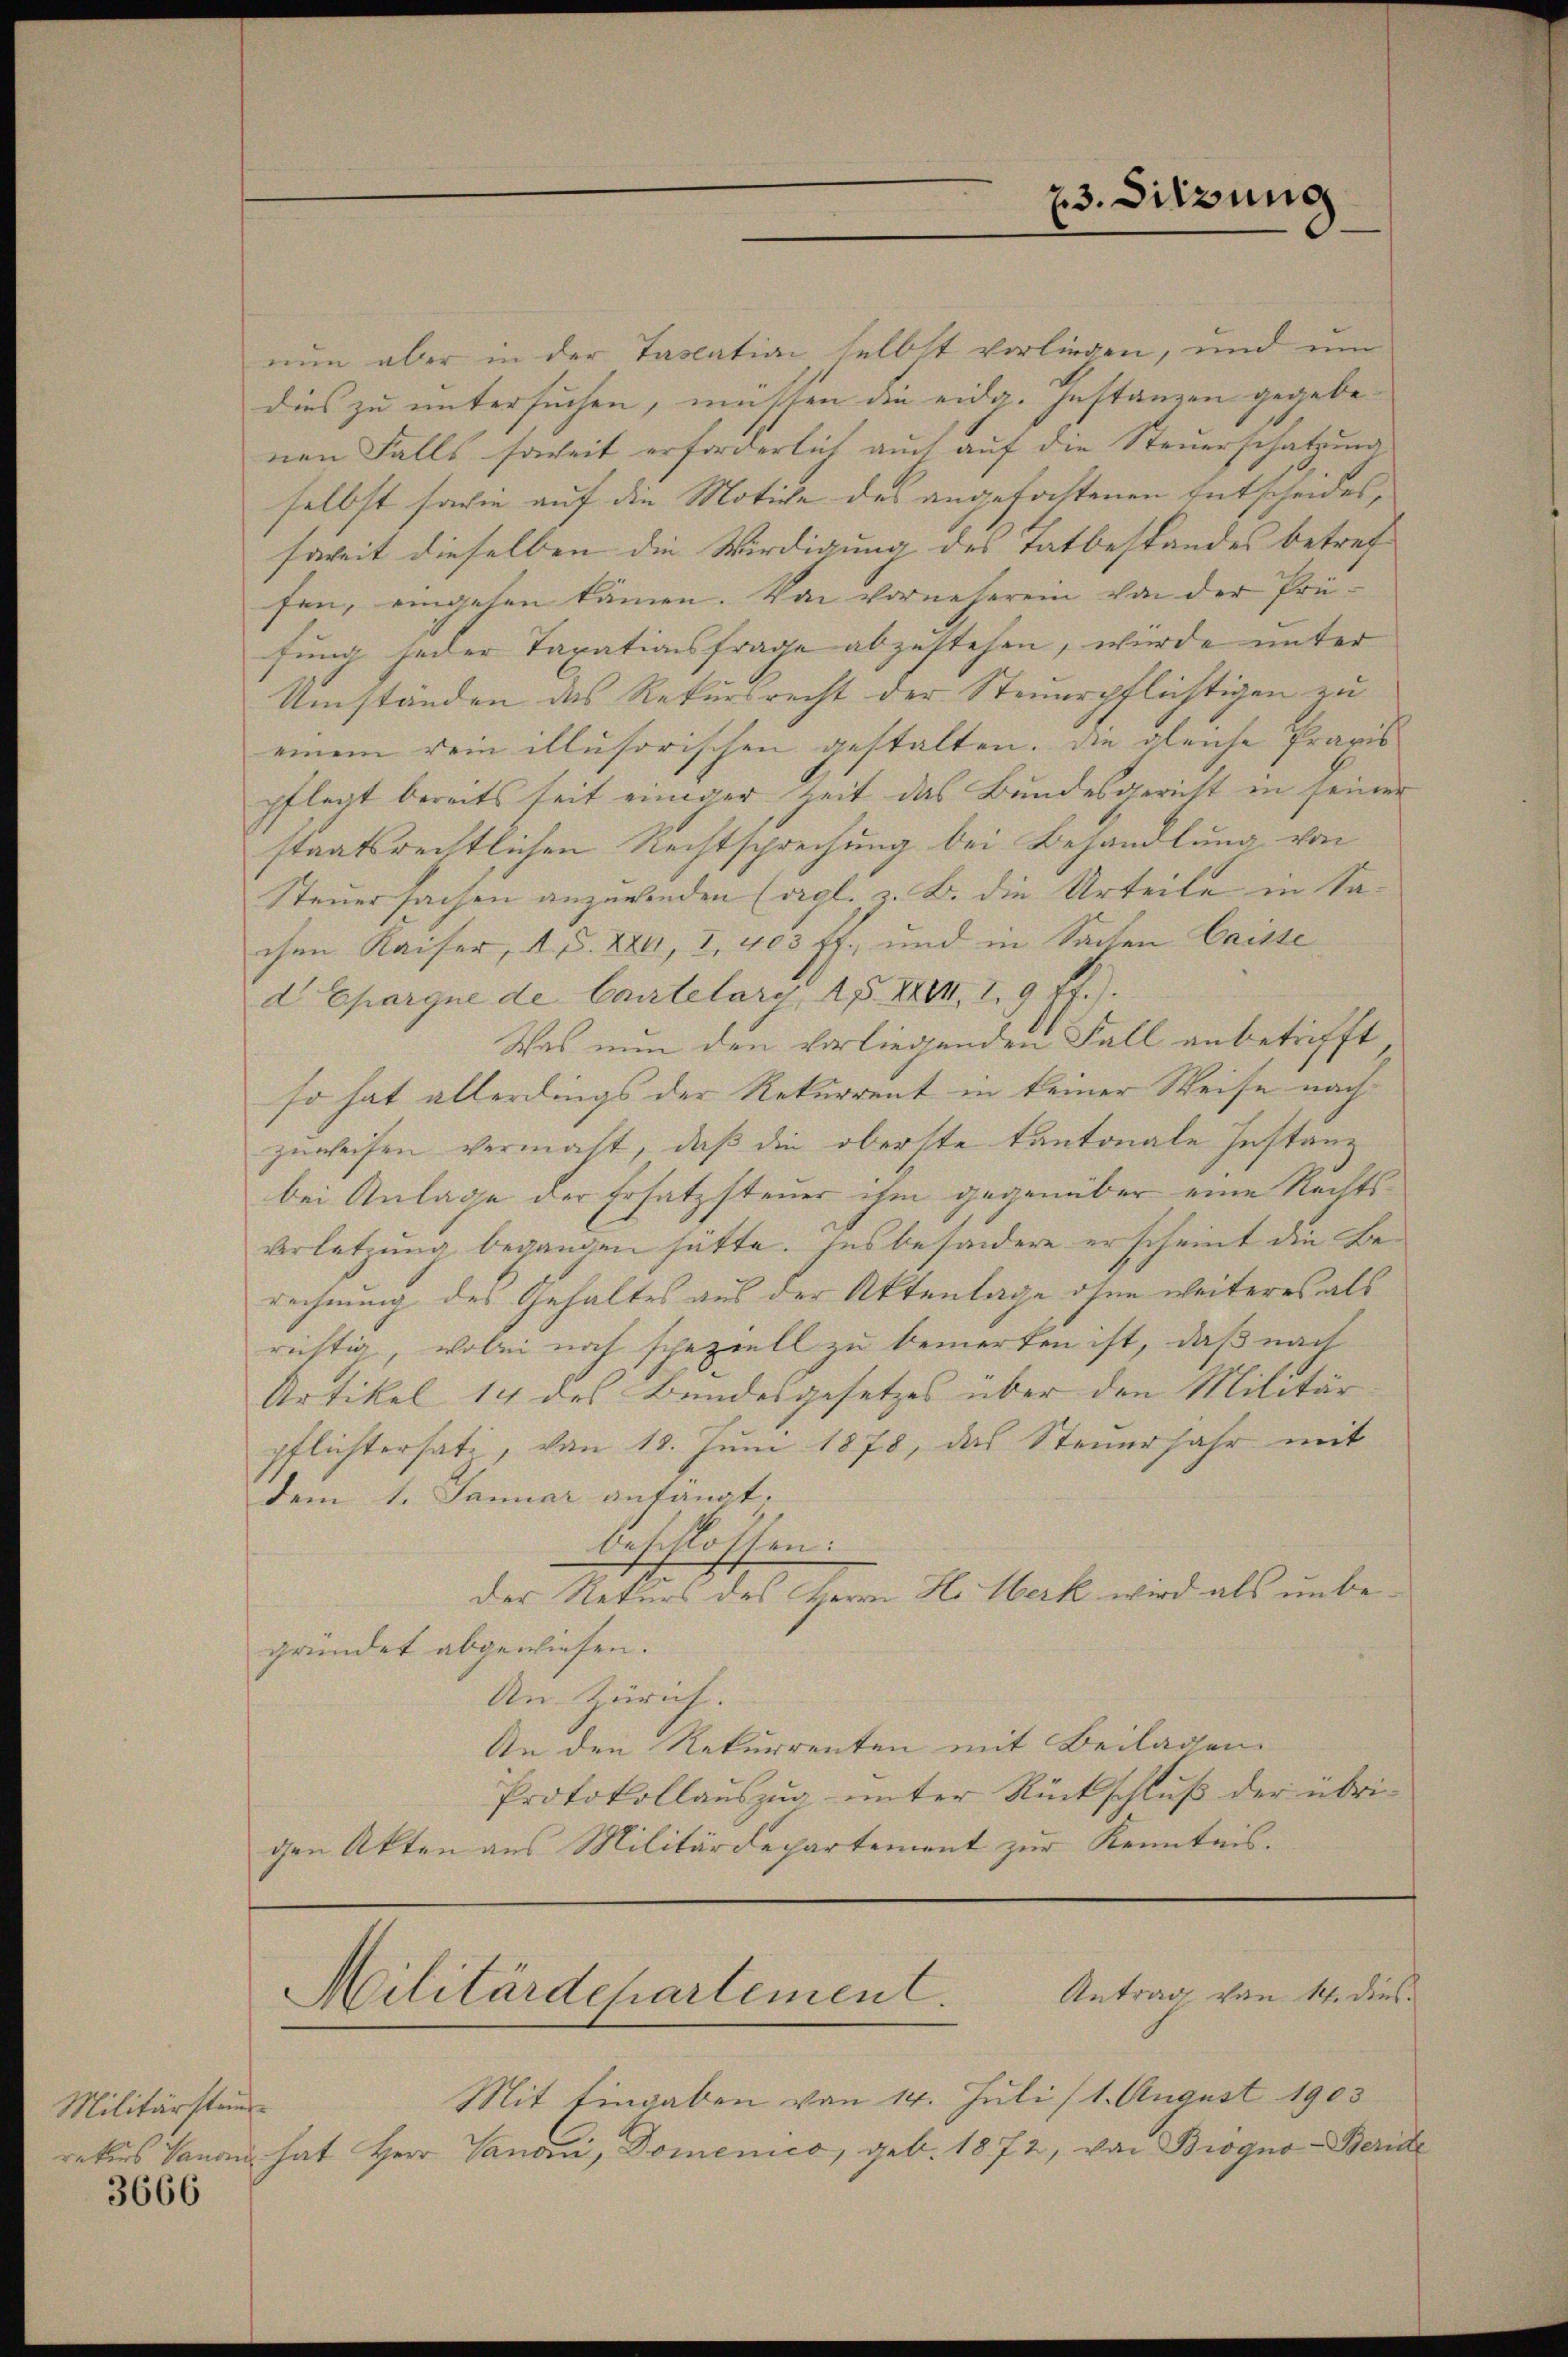
Militärstein

3666

nun aber in der Taslation selbst vorliegen, und um
dies zu untersuchen, müssen die eidg. Instanzen gegebenen Falls soweit erforderlich auch auf die Steuerschatzung
selbst sowie auf die Motive des angefochtenen Entscheides,
soweit dieselben die Würdigung des Tatbestandes betreffen, eingehen kämen. Von vornehmen von der Prü-
fung jeder Taxationsfrage abzustehen, würde unter
Umständen das Rekursrecht der Steuerpflichtigen zu
einem Dein illusorischen gestalten. Die gleiche Praxis |
pflegt bereits seit einiger Zeit das Bundesgericht in seiner
staatsrechtlichen Rechtsprechung bei Behandlung von
Steuersachen anzuwenden (vgl. z. B. die Urteile in Sa-
chen Kaiser, 1. d. 22, I, 403 ff., und in Sachen Criste
d Epargne de Cautelarg, 1 S. XXIII, 2. 9 ff.).
Was nun den vorliegenden Fall anbetrifft
so hat allerdings der Rekurrent in keiner Weise nach
zuweisen vermacht, daß die oberste Kantonale Instanz
bei Anlage der Ersatzsteuer ihm gegenüber eine Rechtsverletzung begangen hätte. Insbesondere erscheint die Berechnung des Gehaltes aus der Aktenlage ohne weiteres als
richtig, wobei noch speziell zu bemerken ist, daß nach
Artikel 14 des Bundesgesetzes über den Militär
pflichtersati, von 10. Jŭni 1878, das Steŭerjahr mit
dem 1. Januar anfängt.
beschlossen.
Der Rekurs des Herrn H. Werk wird als unbegründet abgewiesen.
An. Zürich.
An den Rekurrenten mit Beilagen
Protokollauszug unter Rückschluß der übrigen Akten aus Militärdepartement zur Kenntnis.

Antrag von 14. dies
Militärdepartement.

23. Sitzung

Mit Eingaben von 14. Juli (1. August 1903
rekurs Canon hat Herr Canoni, Domenico, geb. 1872, von Brogno-Beride